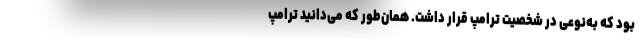
بود که به‌نوعی در شخصیت ترامپ قرار داشت. همان‌طور که می‌دانید ترامپ